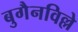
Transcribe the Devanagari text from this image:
बुगैनविल्ले